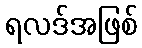
ရလဒ်အဖြစ်